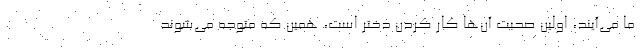
ما می‌آیند، اولین صحبت آن‌ها کار کردن دختر است، همین که متوجه می‌شوند